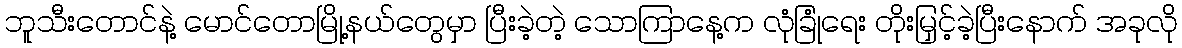
ဘူသီးတောင်နဲ့ မောင်တောမြို့နယ်တွေမှာ ပြီးခဲ့တဲ့ သောကြာနေ့က လုံခြုံရေး တိုးမြှင့်ခဲ့ပြီးနောက် အခုလို